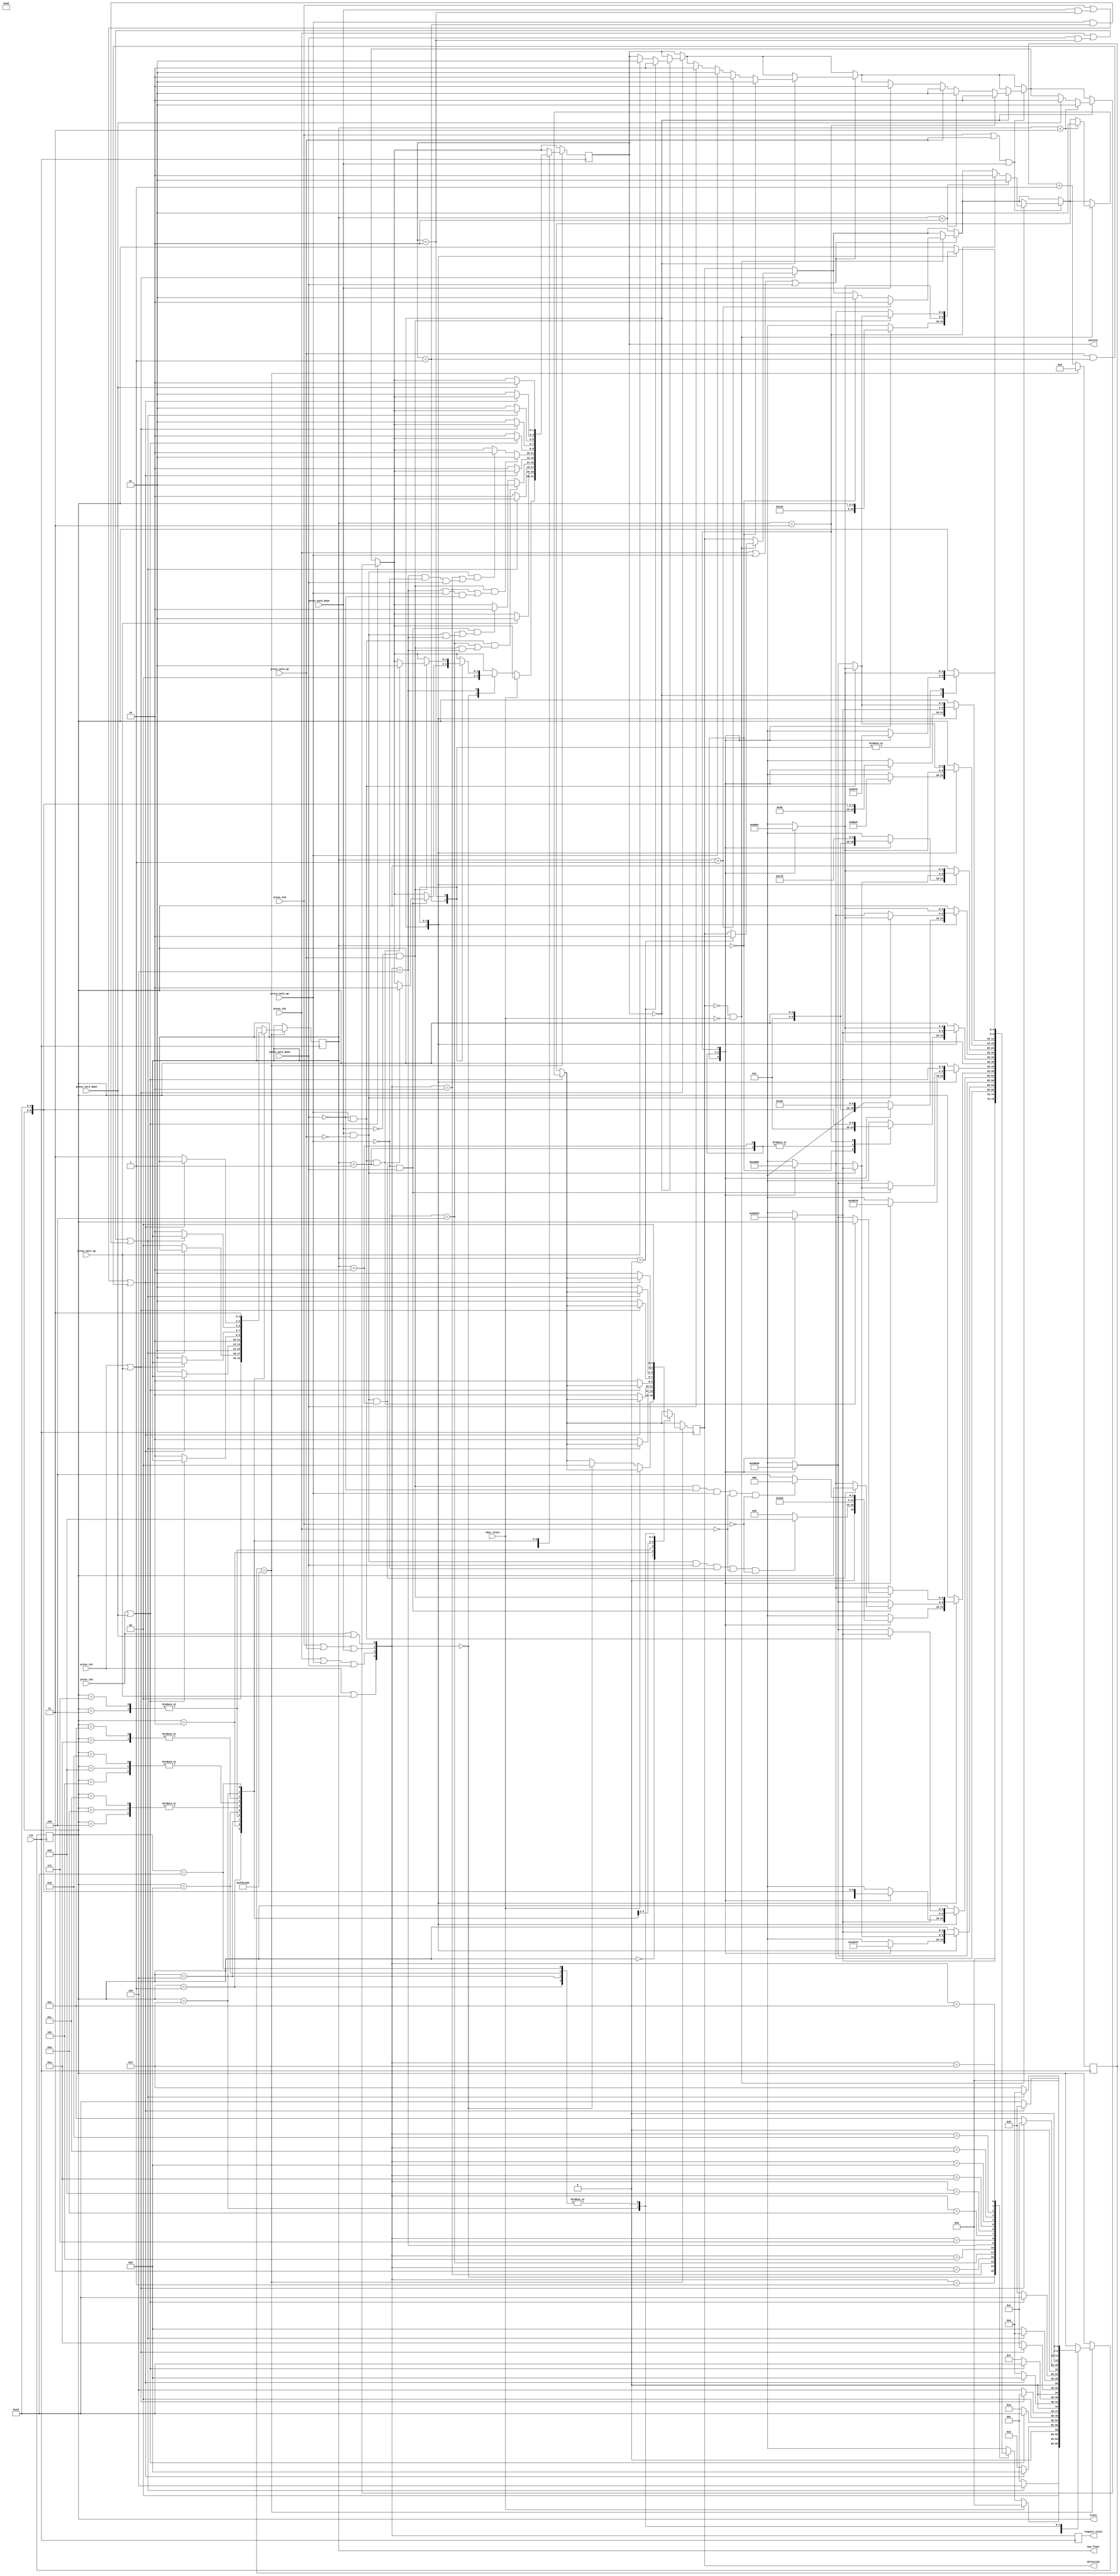
`timescale 1ns / 1ps
//////////////////////////////////////////////////////////////////////////////////
// Company: 
// Engineer: 
// 
// Design Name: 
// Module Name: state
// Project Name: 
// Target Devices: 
// Tool Versions: 
// Description: 
// 
// Dependencies: 
// 
// Revision:
// Revision 0.01 - File Created
// Additional Comments:
// 
//////////////////////////////////////////////////////////////////////////////////


module state(
	input wire clk,
	output reg[1:0] now_floor = 2'b00,
	output reg[4:0] state = 5'b00000,
	output reg[1:0] direction = 2'b00,
	input wire door_state,
	output reg[1:0]	pointer = 2'b00,
	input wire press_out1_up,
	input wire press_out2_up,
	input wire press_out2_down,
	input wire press_out3_up,
	input wire press_out3_down,
	input wire press_out4_down,
	output reg[3:0] request_total = 4'b0000,
	input wire press_in1,
	input wire press_in2, 
	input wire press_in3, 
	input wire press_in4
    );
	
	parameter max=100000000; //2
	reg[30:0] n;
	
	function [4:0] jump_state;
	input [1:0] floor;
		begin
		case(floor)
		2'b00:	//11
			begin
			
			case(now_floor)
			2'b00:
				begin
				jump_state = 5'b00001;
				end
			2'b01:
				begin
				jump_state = 5'b00010;
				end
			2'b10:
				begin
				jump_state = 5'b00011;
				end
			2'b11:
				begin
				jump_state = 5'b00100;
				end
			endcase
			end
		2'b01:	//22
			begin
			case(now_floor)
			2'b00:
				begin
				jump_state = 5'b00101;
				end
			2'b01:
				begin
				jump_state = 5'b00110;
				end
			2'b10:
				begin
				jump_state = 5'b00111;
				end
			2'b11:
				begin
				jump_state = 5'b01000;
				end
			endcase
			end
		2'b10:	//33
			begin
			case(now_floor)
			2'b00:
				begin
				jump_state = 5'b01001;
				end
			2'b01:
				begin
				jump_state = 5'b01010;
				end
			2'b10:
				begin
				jump_state = 5'b01011;
				end
			2'b11:
				begin
				jump_state = 5'b01100;
				end
			endcase
			end
		2'b11:	//44
			begin
			case(now_floor)
			2'b00:
				begin
				jump_state = 5'b01101;
				end
			2'b01:
				begin
				jump_state = 5'b01110;
				end
			2'b10:
				begin
				jump_state = 5'b01111;
				end
			2'b11:
				begin
				jump_state = 5'b10000;
				end
			endcase
			end
		endcase
		end
	endfunction
	
	always @(posedge clk)
	begin
		if(press_in1 || press_out1_up)
		begin
			
			if(direction == 2'b00 && door_state == 0)
			begin
				if(now_floor > 0)	//234
					direction <= 2'b10;
			end
			
			if(pointer == 2'b00)
			begin
				if(now_floor > 0)	//234
					pointer <= 2'b10;
				else 
				begin
					if(press_out1_up == 1)
						pointer <= 2'b01;
				end
			end
		end

		if(press_in2 || press_out2_up || press_out2_down)
		begin
			
			if(direction == 2'b00 && door_state == 0)
			begin
				if(now_floor == 0)	//1
					direction <= 2'b01;
				if(now_floor > 1)	//34
					direction <= 2'b10;
			end
			
			if(pointer == 2'b00)
			begin
				if(now_floor == 0)	//1
					pointer <= 2'b01;
				else if(now_floor > 1)	//34
					pointer <= 2'b10;
				else
				begin
					if(press_out2_down == 1)
						pointer <= 2'b10;
					if(press_out2_up == 1)
						pointer <= 2'b01;
				end
			end
		end
		
		if(press_in3 || press_out3_up || press_out3_down)
		begin
			
			if(direction == 2'b00 && door_state == 0)
			begin
				if(now_floor == 3)	//4
					direction <= 2'b10;
				if(now_floor < 2)	//12
					direction <= 2'b01;
			end
			
			if(pointer == 2'b00)
			begin
				if(now_floor == 3)	//4
					pointer <= 2'b10;
				else if(now_floor < 2)	//12
					pointer <= 2'b01;
				else
				begin
					if(press_out3_down == 1)
						pointer <= 2'b10;
					if(press_out3_up == 1)
						pointer <= 2'b01;
				end
			end
		end
		
		if(press_in4 || press_out4_down)
		begin
			
			if(direction == 2'b00 && door_state == 0)
			begin
				if(now_floor < 3)	//123
					direction <= 2'b01;
			end
			
			if(pointer == 2'b00)
			begin
				if(now_floor < 3)	//123
					pointer <= 2'b01;
				else
				begin
					if(press_out4_down == 1)
						pointer <= 2'b10;
				end
			end
		end
		
		request_total = {press_in1 | press_out1_up, press_in2 | press_out2_up | press_out2_down, 
					press_in3 | press_out3_up | press_out3_down, press_in4 | press_out4_down};	//
					
	
		if(n == max)
		begin
			n <= 0;
			case(state)
			5'b00000://
				begin
					if(door_state == 1)	//
						state <= 5'b00000;
					else				//
					begin
						case(request_total)
						4'b0000:	//
							begin
							state <= 5'b00000;
							pointer <= 2'b00;
							direction <= 2'b00;
							end
						4'b0001:	//4
							begin
							state = jump_state(4-1);
							end
						4'b0010:	//3
							begin
							state = jump_state(3-1);
							end
						4'b0011:	//34
							begin
							case(pointer)
							2'b00:	//
								begin
								case(now_floor)
								2'b00:	//1
									begin
									state = jump_state(3-1);
									end
								2'b01:	//2
									begin
									state = jump_state(3-1);
									end
								2'b10:	//3
									begin
									state = jump_state(3-1);
									end
								2'b11:	//4
									begin
									state = jump_state(4-1);
									end
								endcase
								end
							2'b01:	//
								begin
								if(press_out3_down == 1 && press_out3_up == 0)
									state = jump_state(4-1);
								else
									state = jump_state(3-1);
								end
							2'b10:	//
								begin
								state = jump_state(4-1);
								end
							endcase
							end
						4'b0100:	//2
							begin
							state = jump_state(2-1);
							end
						4'b0101:	//24
							begin
							case(pointer)
							2'b00:	//
								begin
								case(now_floor)
								2'b00:	//1
									begin
									state = jump_state(2-1);
									end
								2'b01:	//2
									begin
									state = jump_state(2-1);
									end
								2'b10:	//3
									begin
									
									end
								2'b11:	//4
									begin
									state = jump_state(4-1);
									end
								endcase
								end
							2'b01:	//
								begin
								state = jump_state(4-1);
								end
							2'b10:	//
								begin
								if(press_out2_down == 0 && press_out2_up == 1)
									state = jump_state(4-1);
								else
									state = jump_state(2-1);
								end
							endcase
							end
						4'b0110:	//23
							begin
							case(pointer)
							2'b00:	//
								begin
								case(now_floor)
								2'b00:	//1
									begin
									if(press_out3_down == 1 && press_out3_up == 0 && press_out2_down == 1 && press_out2_up == 0 && press_in2 == 0 && press_in3 == 0)
										state = jump_state(3-1);
									else
										state = jump_state(2-1);
									end
								2'b01:	//2
									begin
									state = jump_state(2-1);
									end
								2'b10:	//3
									begin
									state = jump_state(3-1);
									end
								2'b11:	//4
									begin
									if(press_out3_down == 0 && press_out3_up == 1 && press_out2_down == 0 && press_out2_up == 1 && press_in2 == 0 && press_in3 == 0)
										state = jump_state(2-1);
									else
										state = jump_state(3-1);
									end
								endcase
								end
							2'b01:	//
								begin
								if(press_out2_up == 0 && press_out2_down == 1)
								begin
									if(press_out3_up == 0 && press_out3_down == 1 && now_floor == 2'b10)
										pointer <= 2'b10;
									else
										state = jump_state(3-1);
								end
								else
									state = jump_state(2-1);
								end
							2'b10:	//
								begin
								if(press_out3_down == 0 && press_out3_up == 1)
								begin
									if(press_out2_down == 0 && press_out2_up == 1 && now_floor == 2'b01) 
										pointer <= 2'b01;
									else
										state = jump_state(2-1);
								end
								else
									state = jump_state(3-1);
								end
							endcase
							end
						4'b0111:	//234
							begin
							case(pointer)
							2'b00:	//
								begin
								case(now_floor)
								2'b00:	//1
									begin
									state = jump_state(2-1);
									end
								2'b01:	//2
									begin
									state = jump_state(2-1);
									end
								2'b10:	//3
									begin
									state = jump_state(3-1);
									end
								2'b11:	//4
									begin
									state = jump_state(4-1);
									end
								endcase
								end
							2'b01:	//
								begin
								if(press_out2_down == 1 && press_out2_up == 0)
								begin
									if(press_out3_down == 1 && press_out3_up == 0)
										state = jump_state(4-1);
									else
										state = jump_state(3-1);
								end
								else
									state = jump_state(2-1);
								end
							2'b10:	//
								begin
								state = jump_state(4-1);
								end
							endcase
							end
						4'b1000:	//1
							begin
							state = jump_state(1-1);
							end
						4'b1001:	//14
							begin
							case(pointer)
							2'b00:	//
								begin
								case(now_floor)
								2'b00:	//1
									begin
									state = jump_state(1-1);
									end
								2'b01:	//2
									begin

									end
								2'b10:	//3
									begin

									end
								2'b11:	//4
									begin
									state = jump_state(4-1);
									end
								endcase
								end
							2'b01:	//
								begin
								state = jump_state(4-1);
								end
							2'b10:	//
								begin
								state = jump_state(1-1);
								end
							endcase
							end
						4'b1010:	//13
							begin
							case(pointer)
							2'b00:	//
								begin
								case(now_floor)
								2'b00:	//1
									begin
									state = jump_state(1-1);
									end
								2'b01:	//2
									begin

									end
								2'b10:	//3
									begin
									state = jump_state(3-1);
									end
								2'b11:	//4
									begin
									state = jump_state(3-1);
									end
								endcase
								end
							2'b01:	//
								begin
								if(press_out3_up == 0 && press_out3_down == 1)
									state = jump_state(1-1);
								else
									state = jump_state(3-1);
								end
							2'b10:	//
								begin
								state = jump_state(1-1);
								end
							endcase
							end
						4'b1011:	//134
							begin
							case(pointer)
							2'b00:	//
								begin
								case(now_floor)
								2'b00:	//1
									begin
									state = jump_state(1-1);
									end
								2'b01:	//2
									begin
									
									end
								2'b10:	//3
									begin
									state = jump_state(3-1);
									end
								2'b11:	//4
									begin
									state = jump_state(4-1);
									end
								endcase
								end
							2'b01:	//
								begin
								if(press_out3_up == 0 && press_out3_down == 1)
									state = jump_state(4-1);
								else
									state = jump_state(3-1);
								end
							2'b10:	//
								begin
								state = jump_state(1-1);
								end
							endcase
							end
						4'b1100:	//12
							begin
							case(pointer)
							2'b00:	//
								begin
								case(now_floor)
								2'b00:	//1
									begin
									state = jump_state(1-1);
									end
								2'b01:	//2
									begin
									state = jump_state(2-1);
									end
								2'b10:	//3
									begin
									state = jump_state(2-1);
									end
								2'b11:	//4
									begin
									state = jump_state(2-1);
									end
								endcase
								end
							2'b01:	//
								begin
								state = jump_state(1-1);
								end
							2'b10:	//
								begin
								if(press_out2_down == 0 && press_out2_up == 1)
									state = jump_state(1-1);
								else
									state = jump_state(2-1);
								end
							endcase
							end
						4'b1101:	//124
							begin
							case(pointer)
							2'b00:	//
								begin
								case(now_floor)
								2'b00:	//1
									begin
									state = jump_state(1-1);
									end
								2'b01:	//2
									begin
									state = jump_state(2-1);
									end
								2'b10:	//3
									begin

									end
								2'b11:	//4
									begin
									state = jump_state(4-1);
									end
								endcase
								end
							2'b01:	//
								begin
								state = jump_state(4-1);
								end
							2'b10:	//
								begin
								if(press_out2_down == 0 && press_out2_up == 1)
									state = jump_state(1-1);
								else
									state = jump_state(2-1);
								end
							endcase
							end
						4'b1110:	//123
							begin
							case(pointer)
							2'b00:	//
								begin
								case(now_floor)
								2'b00:	//1
									begin
									state = jump_state(1-1);
									end
								2'b01:	//2
									begin
									state = jump_state(2-1);
									end
								2'b10:	//3
									begin
									state = jump_state(3-1);
									end
								2'b11:	//4
									begin

									end
								endcase
								end
							2'b01:	//
								begin
								state = jump_state(1-1);
								end
							2'b10:	//
								begin
								if(press_out3_down == 0 && press_out3_up == 1)
								begin
									if(press_out2_down == 0 && press_out2_up == 1)
										state = jump_state(1-1);
									else
										state = jump_state(2-1);
								end
								else
									state = jump_state(3-1);
								end
							endcase
							end
						4'b1111:	//1234
							begin
							case(pointer)
							2'b00:	//
								begin
								case(now_floor)
								2'b00:	//1
									begin
									state = jump_state(1-1);
									end
								2'b01:	//2
									begin
									state = jump_state(2-1);
									end
								2'b10:	//3
									begin
									state = jump_state(3-1);
									end
								2'b11:	//4
									begin
									state = jump_state(4-1);
									end
								endcase
								end
							2'b01:	//
								begin
								state = jump_state(1-1);
								end
							2'b10:	//
								begin
								state = jump_state(4-4);
								end
							endcase
							end
						
						endcase
					end

				end
			5'b00001://1 1
				begin
					if(press_out1_up == 1)
						pointer <= 2'b01;
					state <= 5'b00000;
					now_floor <= 2'b00;
					direction <= 2'b00;
				end
			5'b00010://1 2
				begin
					if(press_in2 == 1 ||
						(press_out2_down == 1 && pointer == 2'b10) ||
						(press_out2_up == 1 && pointer == 2'b01))	//2
						state <= 5'b00110;
					else
					begin
						state <= 5'b00001;
						now_floor <= 2'b00;
						direction <= 2'b10;
						pointer <= 2'b10;
					end
				end
			5'b00011://1 3	
				begin
					if(press_in3 == 1 ||
						(press_out3_down == 1 && pointer == 2'b10) ||
						(press_out3_up == 1 && pointer == 2'b01))	//3
						state <= 5'b01011;
					else
					begin
						state <= 5'b00010;
						now_floor <= 2'b01;
						direction <= 2'b10;
						pointer <= 2'b10;
					end
				end
			5'b00100://1 4
				begin
					if(press_in4 == 1 || press_out4_down == 1)	//4
						state <= 5'b10000;
					else
					begin
						state <= 5'b00011;
						now_floor <= 2'b10;
						direction <= 2'b10;
						pointer <= 2'b10;
					end
				end
			5'b00101://2 1
				begin
					if(press_in1 == 1 || press_out1_up == 1)	//1
						state <= 5'b00001;
					else
					begin
						state <= 5'b00110;
						now_floor <= 2'b01;
						direction <= 2'b01;
						pointer <= 2'b01;
					end
				end
			5'b00110://2 2
				begin
					if(press_out2_up == 0 && press_out2_down == 1 && (request_total == 4 ||
						(press_out3_up == 0 && press_out3_down == 1 && request_total == 6)))
						pointer <= 2'b10;
					if(press_out2_up == 1 && press_out2_down == 0 && (request_total == 4 ||
						(press_out3_up == 1 && press_out3_down == 0 && request_total == 6)))
						pointer <= 2'b01;
					state <= 5'b00000;
					direction <= 2'b00;
					now_floor <= 2'b01;
				end
			5'b00111://2 3
				begin
					if(press_in3 == 1 ||
						(press_out3_down == 1 && pointer == 2'b10) ||
						(press_out3_up == 1 && pointer == 2'b01))	//3
						state <= 5'b01011;
					else
					begin
						state <= 5'b00110;
						now_floor <= 2'b01;
						direction <= 2'b10;
						pointer <= 2'b10;
					end
				end
			5'b01000://2 4
				begin
					if(press_in4 == 1 || press_out4_down == 1)	//4
						state <= 5'b10000;
					else
					begin
						state <= 5'b00111;
						now_floor <= 2'b10;
						direction <= 2'b10;
						pointer <= 2'b10;
					end
				end
			5'b01001://3 1
				begin
					if(press_in1 == 1 || press_out1_up == 1)	//1
						state <= 5'b00001;
					else
					begin
						state <= 5'b01010;
						now_floor <= 2'b01;
						direction <= 2'b01;
						pointer <= 2'b01;
					end
				end
			5'b01010://3 2
				begin
					if(press_in2 == 1 ||
						(press_out2_down == 1 && pointer == 2'b10) ||
						(press_out2_up == 1 && pointer == 2'b01))	//2
						state <= 5'b00110;
					else
					begin
						state <= 5'b01011;
						now_floor <= 2'b10;
						direction <= 2'b01;
						pointer <= 2'b01;
					end
				end
			5'b01011://3 3
				begin
					if(press_out3_up == 0 && press_out3_down == 1 && (request_total == 2 ||
						(request_total == 6 && press_out2_up == 0 && press_out2_down == 1)))
						pointer <= 2'b10;
					if(press_out3_up == 1 && press_out3_down == 0 && (request_total == 2 ||
						(request_total == 6 && press_out2_up == 1 && press_out2_down == 0)))
						pointer <= 2'b01;
					state <= 5'b00000;
					now_floor <= 2'b10;
					direction <= 2'b00;
				end
			5'b01100://3 4
				begin
					if(press_in4 == 1 || press_out4_down == 1)	//4
						state <= 5'b10000;
					else
					begin
						state <= 5'b01011;
						now_floor <= 2'b10;
						direction <= 2'b10;
						pointer <= 2'b10;
					end
				end
			5'b01101://4 1
				begin
					if(press_in1 == 1 || press_out1_up == 1)	//1
						state <= 5'b00001;
					else
					begin
						state <= 5'b01110;
						now_floor <= 2'b01;
						direction <= 2'b01;
						pointer <= 2'b01;
					end
				end
			5'b01110://4 2
				begin
					if(press_in2 == 1 ||
						(press_out2_down == 1 && pointer == 2'b10) ||
						(press_out2_up == 1 && pointer == 2'b01))	//2
						state <= 5'b00110;
					else
					begin
						state <= 5'b01111;
						now_floor <= 2'b10;
						direction <= 2'b01;
						pointer <= 2'b01;
					end
				end
			5'b01111://4 3
				begin
					if(press_in3 == 1 ||
						(press_out3_down == 1 && pointer == 2'b10) ||
						(press_out3_up == 1 && pointer == 2'b01))	//3
						state <= 5'b01011;
					else
					begin
						state <= 5'b10000;
						now_floor <= 2'b11;
						direction <= 2'b01;
						pointer <= 2'b01;
					end
				end
			5'b10000://4 4
				begin
					if(press_out4_down == 1)
						pointer <= 2'b10;
					state <= 5'b00000;
					now_floor <= 2'b11;
					direction <= 2'b00;
				end
			endcase
		end
		else n <= n + 1;
		
	end
	
endmodule